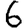
Digit: 6